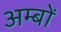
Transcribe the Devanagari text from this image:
अम्बों